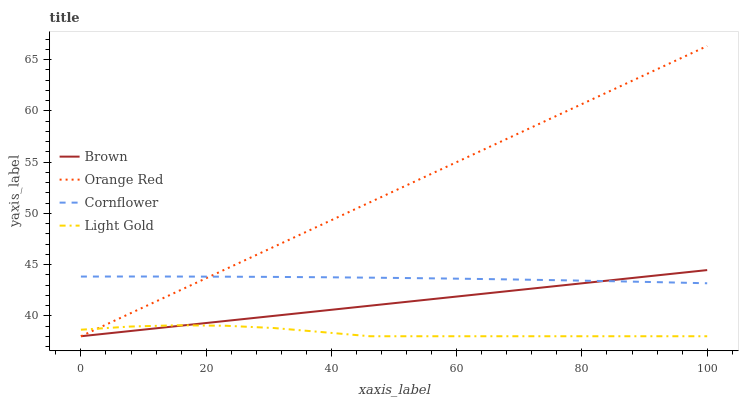
| xaxis_label | Brown | Orange Red | Cornflower | Light Gold |
 | --- | --- | --- | --- | --- |
 | 0 | 38 | 38 | 43.8 | 38.6 |
 | 7.69 | 38.5 | 40.2 | 43.8 | 38.9 |
 | 15.4 | 39 | 42.4 | 43.8 | 39.1 |
 | 23.1 | 39.5 | 44.5 | 43.8 | 39 |
 | 30.8 | 40 | 46.7 | 43.8 | 38.8 |
 | 38.5 | 40.5 | 48.9 | 43.8 | 38.4 |
 | 46.2 | 41 | 51.1 | 43.7 | 38 |
 | 53.8 | 41.5 | 53.3 | 43.7 | 38 |
 | 61.5 | 42 | 55.4 | 43.6 | 38 |
 | 69.2 | 42.5 | 57.6 | 43.5 | 38 |
 | 76.9 | 43 | 59.8 | 43.5 | 38 |
 | 84.6 | 43.5 | 62 | 43.4 | 38 |
 | 92.3 | 44 | 64.2 | 43.3 | 38 |
 | 100 | 44.5 | 66.3 | 43.2 | 38 |